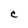
Character: C